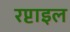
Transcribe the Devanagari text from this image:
रप्टाइल